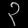
Digit: ၃